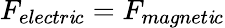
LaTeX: F_{electr\mathit{i}c}=F_{magnet\mathit{i}c}